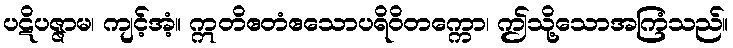
ပဋိပဇ္ဇာမ၊ ကျင့်အံ့။ ဣတိဧတံဧသောပရိဝိတက္ကော၊ ဤသို့သောအကြံသည်။